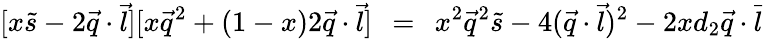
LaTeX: [x\tilde{s}-2\vec{q}\cdot\vec{l}][x\vec{q}^{2}+(1-x)2\vec{q}\cdot\vec{l}]\; \, =\; \, x^{2}\vec{q}^{2}\tilde{s}-4(\vec{q}\cdot\vec{l})^{2}-2xd_{2}\vec{q}\cdot\vec{l}